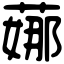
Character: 𦶦